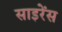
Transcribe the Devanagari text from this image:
साइरेंस